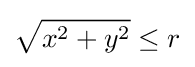
{\sqrt {x^{2}+y^{2}}}\leq r